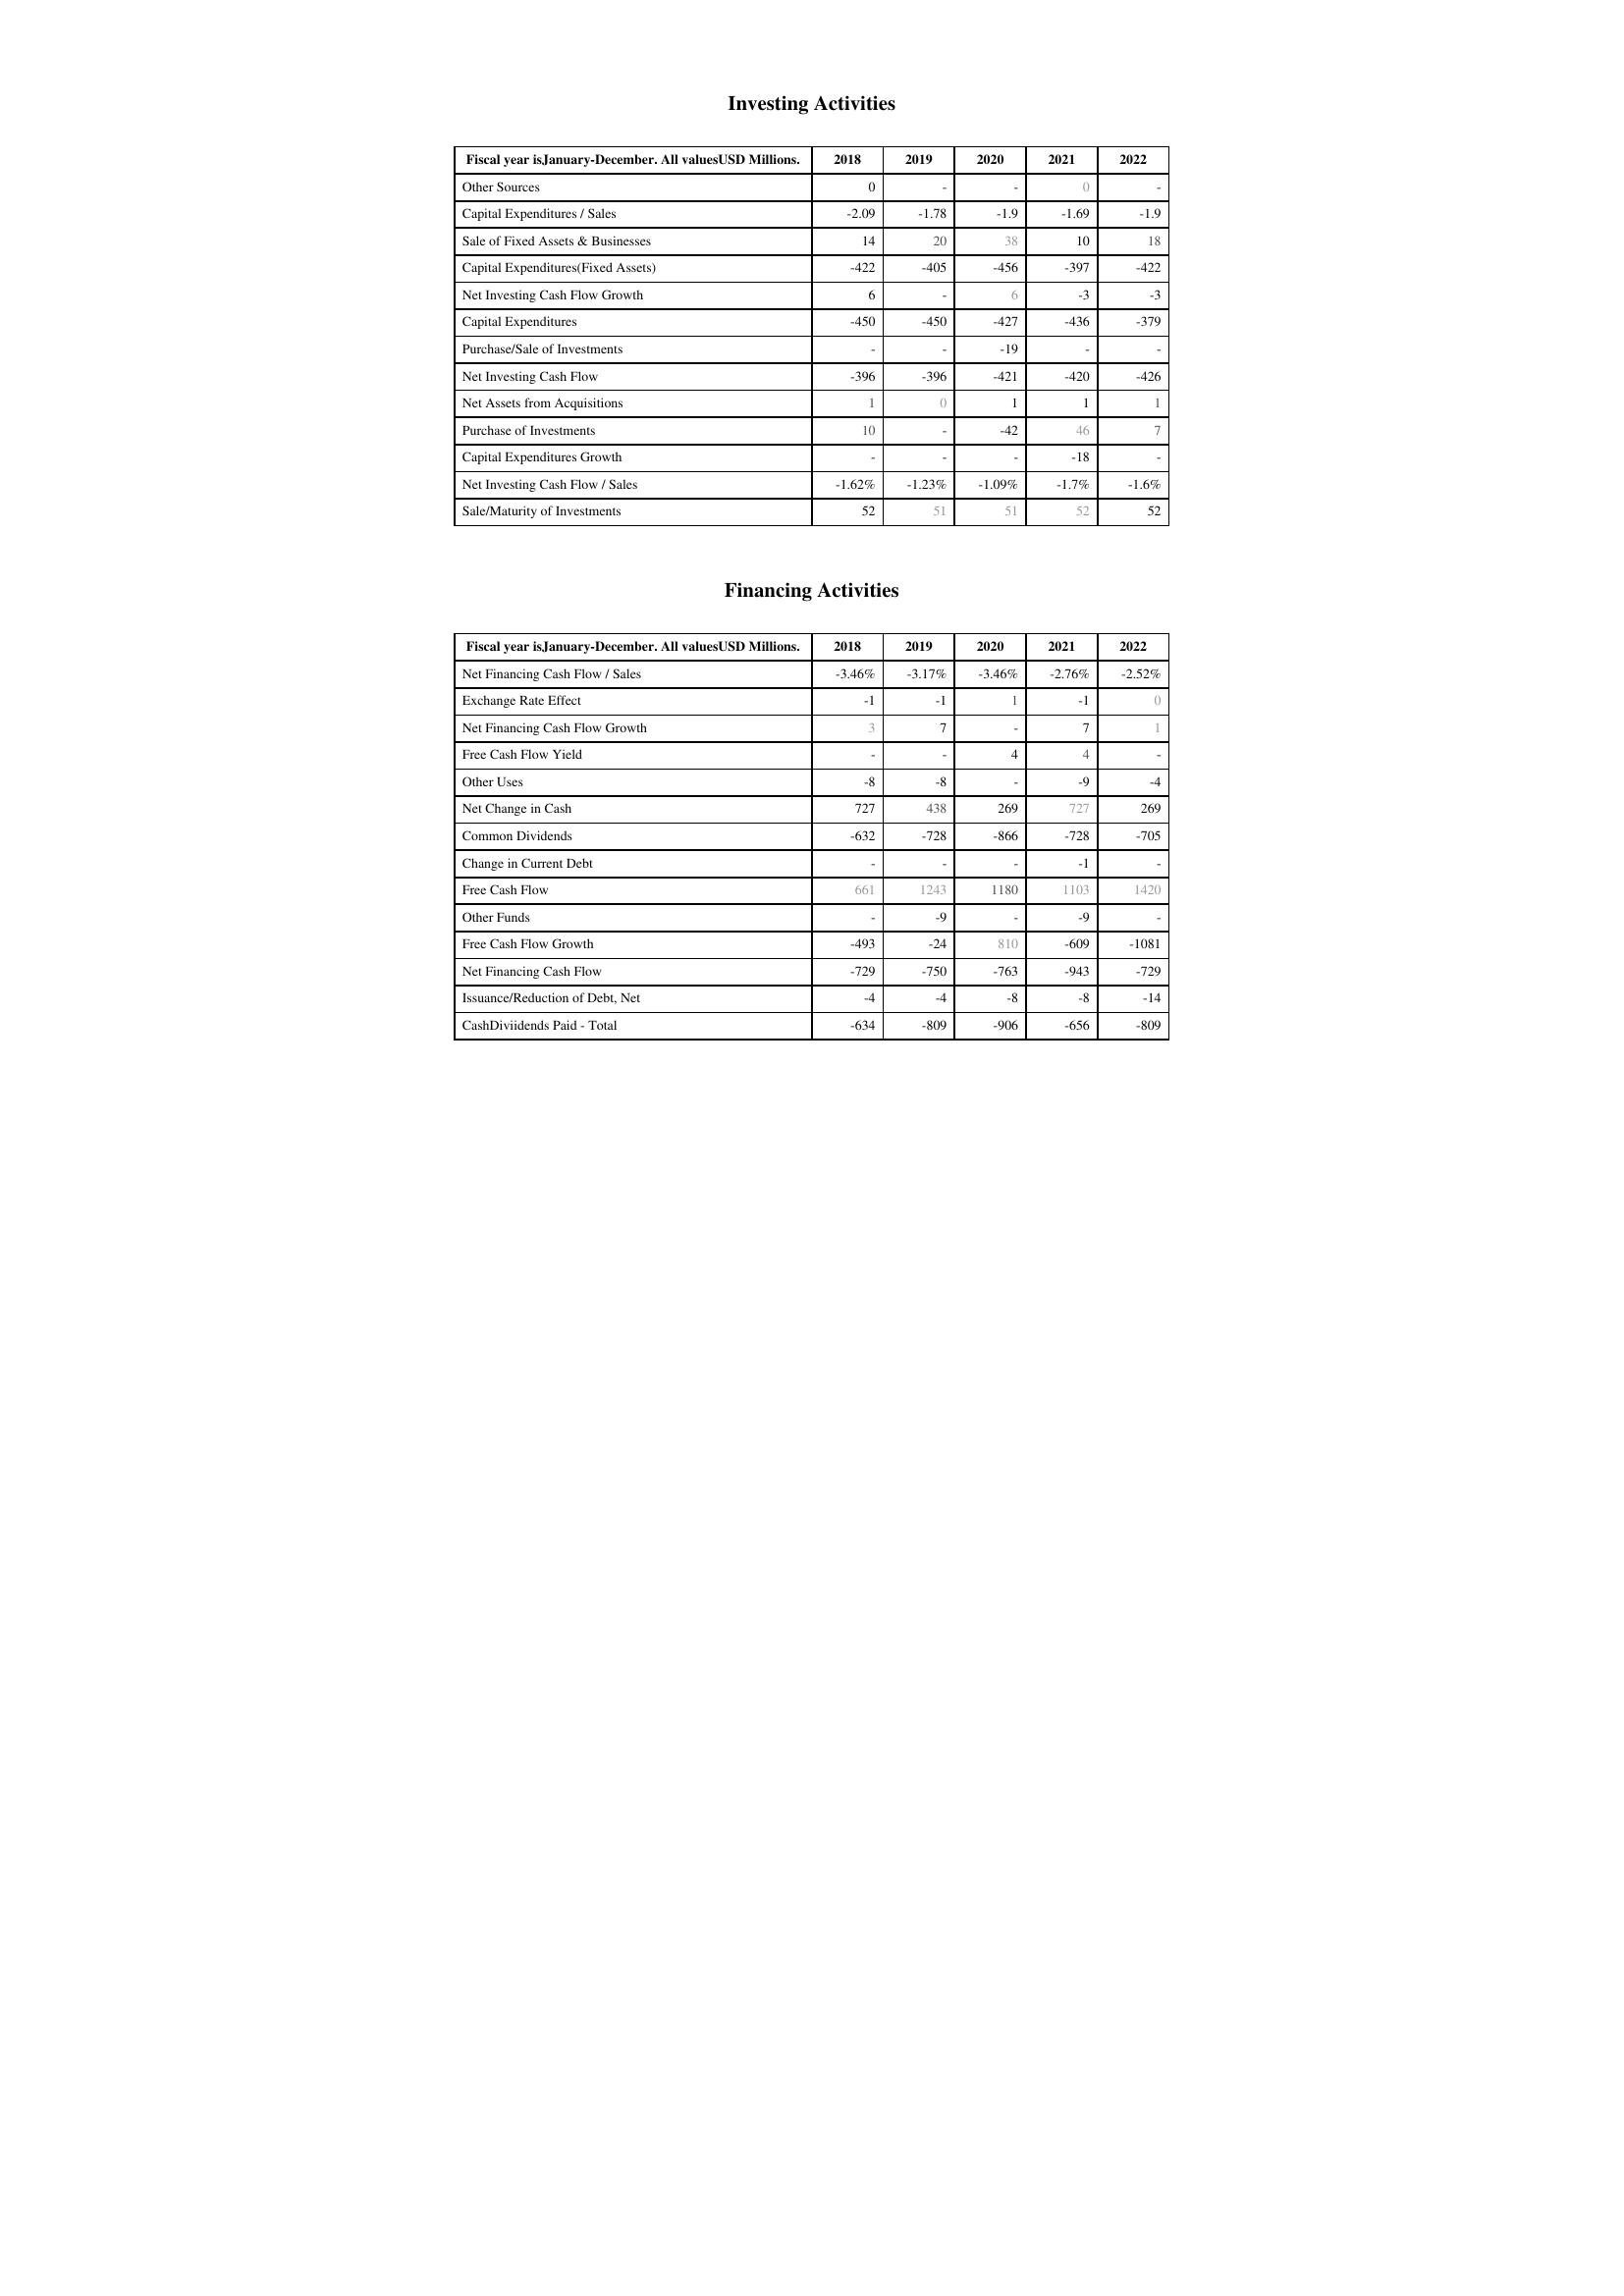
2018: Investing Activities: Other Sources: 0
Capital Expenditures / Sales: -2.09
Sale of Fixed Assets & Businesses: 14
Capital Expenditures(Fixed Assets): -422
Net Investing Cash Flow Growth: 6
Capital Expenditures: -450
Purchase/Sale of Investments: -
Net Investing Cash Flow: -396
Net Assets from Acquisitions: 1
Purchase of Investments: 10
Capital Expenditures Growth: -
Net Investing Cash Flow / Sales: -1.62%
Sale/Maturity of Investments: 52
Financing Activities: Net Financing Cash Flow / Sales: -3.46%
Exchange Rate Effect: -1
Net Financing Cash Flow Growth: 3
Free Cash Flow Yield: -
Other Uses: -8
Net Change in Cash: 727
Common Dividends: -632
Change in Current Debt: -
Free Cash Flow: 661
Other Funds: -
Free Cash Flow Growth: -493
Net Financing Cash Flow: -729
Issuance/Reduction of Debt, Net: -4
CashDiviidends Paid - Total: -634
2019: Investing Activities: Other Sources: -
Capital Expenditures / Sales: -1.78
Sale of Fixed Assets & Businesses: 20
Capital Expenditures(Fixed Assets): -405
Net Investing Cash Flow Growth: -
Capital Expenditures: -450
Purchase/Sale of Investments: -
Net Investing Cash Flow: -396
Net Assets from Acquisitions: 0
Purchase of Investments: -
Capital Expenditures Growth: -
Net Investing Cash Flow / Sales: -1.23%
Sale/Maturity of Investments: 51
Financing Activities: Net Financing Cash Flow / Sales: -3.17%
Exchange Rate Effect: -1
Net Financing Cash Flow Growth: 7
Free Cash Flow Yield: -
Other Uses: -8
Net Change in Cash: 438
Common Dividends: -728
Change in Current Debt: -
Free Cash Flow: 1243
Other Funds: -9
Free Cash Flow Growth: -24
Net Financing Cash Flow: -750
Issuance/Reduction of Debt, Net: -4
CashDiviidends Paid - Total: -809
2020: Investing Activities: Other Sources: -
Capital Expenditures / Sales: -1.9
Sale of Fixed Assets & Businesses: 38
Capital Expenditures(Fixed Assets): -456
Net Investing Cash Flow Growth: 6
Capital Expenditures: -427
Purchase/Sale of Investments: -19
Net Investing Cash Flow: -421
Net Assets from Acquisitions: 1
Purchase of Investments: -42
Capital Expenditures Growth: -
Net Investing Cash Flow / Sales: -1.09%
Sale/Maturity of Investments: 51
Financing Activities: Net Financing Cash Flow / Sales: -3.46%
Exchange Rate Effect: 1
Net Financing Cash Flow Growth: -
Free Cash Flow Yield: 4
Other Uses: -
Net Change in Cash: 269
Common Dividends: -866
Change in Current Debt: -
Free Cash Flow: 1180
Other Funds: -
Free Cash Flow Growth: 810
Net Financing Cash Flow: -763
Issuance/Reduction of Debt, Net: -8
CashDiviidends Paid - Total: -906
2021: Investing Activities: Other Sources: 0
Capital Expenditures / Sales: -1.69
Sale of Fixed Assets & Businesses: 10
Capital Expenditures(Fixed Assets): -397
Net Investing Cash Flow Growth: -3
Capital Expenditures: -436
Purchase/Sale of Investments: -
Net Investing Cash Flow: -420
Net Assets from Acquisitions: 1
Purchase of Investments: 46
Capital Expenditures Growth: -18
Net Investing Cash Flow / Sales: -1.7%
Sale/Maturity of Investments: 52
Financing Activities: Net Financing Cash Flow / Sales: -2.76%
Exchange Rate Effect: -1
Net Financing Cash Flow Growth: 7
Free Cash Flow Yield: 4
Other Uses: -9
Net Change in Cash: 727
Common Dividends: -728
Change in Current Debt: -1
Free Cash Flow: 1103
Other Funds: -9
Free Cash Flow Growth: -609
Net Financing Cash Flow: -943
Issuance/Reduction of Debt, Net: -8
CashDiviidends Paid - Total: -656
2022: Investing Activities: Other Sources: -
Capital Expenditures / Sales: -1.9
Sale of Fixed Assets & Businesses: 18
Capital Expenditures(Fixed Assets): -422
Net Investing Cash Flow Growth: -3
Capital Expenditures: -379
Purchase/Sale of Investments: -
Net Investing Cash Flow: -426
Net Assets from Acquisitions: 1
Purchase of Investments: 7
Capital Expenditures Growth: -
Net Investing Cash Flow / Sales: -1.6%
Sale/Maturity of Investments: 52
Financing Activities: Net Financing Cash Flow / Sales: -2.52%
Exchange Rate Effect: 0
Net Financing Cash Flow Growth: 1
Free Cash Flow Yield: -
Other Uses: -4
Net Change in Cash: 269
Common Dividends: -705
Change in Current Debt: -
Free Cash Flow: 1420
Other Funds: -
Free Cash Flow Growth: -1081
Net Financing Cash Flow: -729
Issuance/Reduction of Debt, Net: -14
CashDiviidends Paid - Total: -809